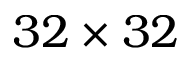
3 2 \times 3 2